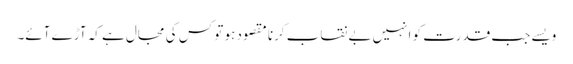
ویسے جب قدرت کو انہیں بے نقاب کرنا مقصود ہو تو کس کی مجال ہے کہ آڑے آئے۔